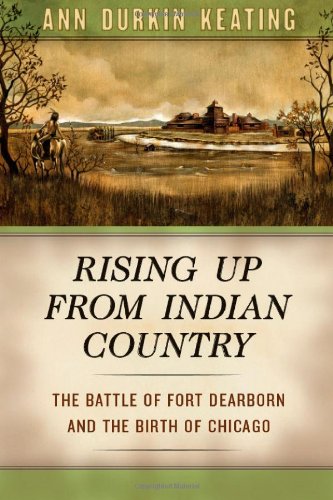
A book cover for Rising Up from Indian Country: The Battle of Fort Dearborn and the Birth of Chicago; Ann Durkin Keating; History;